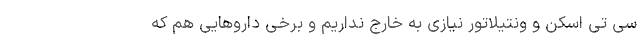
سی تی اسکن و ونتیلاتور نیازی به خارج نداریم و برخی داروهایی هم که